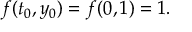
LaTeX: f ( t _ { 0 } , y _ { 0 } ) = f ( 0 , 1 ) = 1 . \qquad \qquad